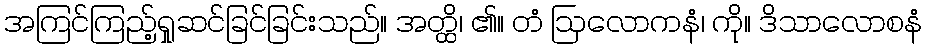
အကြင်ကြည့်ရှုဆင်ခြင်ခြင်းသည်။ အတ္ထိ၊ ၏။ တံ ဩလောကနံ၊ ကို။ ဒိသာလောစနံ